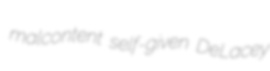
malcontent self-given DeLacey